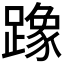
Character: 𫏡